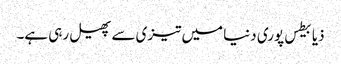
ذیابیطس پوری دنیا میں تیزی سے پھیل رہی ہے۔